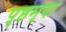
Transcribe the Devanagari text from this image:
पृष्ठमृदा